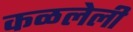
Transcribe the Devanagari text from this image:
कळलेली